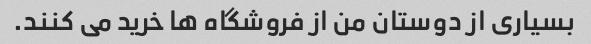
بسیاری از دوستان من از فروشگاه ها خرید می کنند.